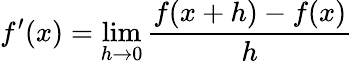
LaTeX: f^{\prime}(x)=\operatorname*{lim}_{h\rightarrow 0}\frac{f(x+h)-f(x)}{h}